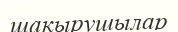
шақырушылар